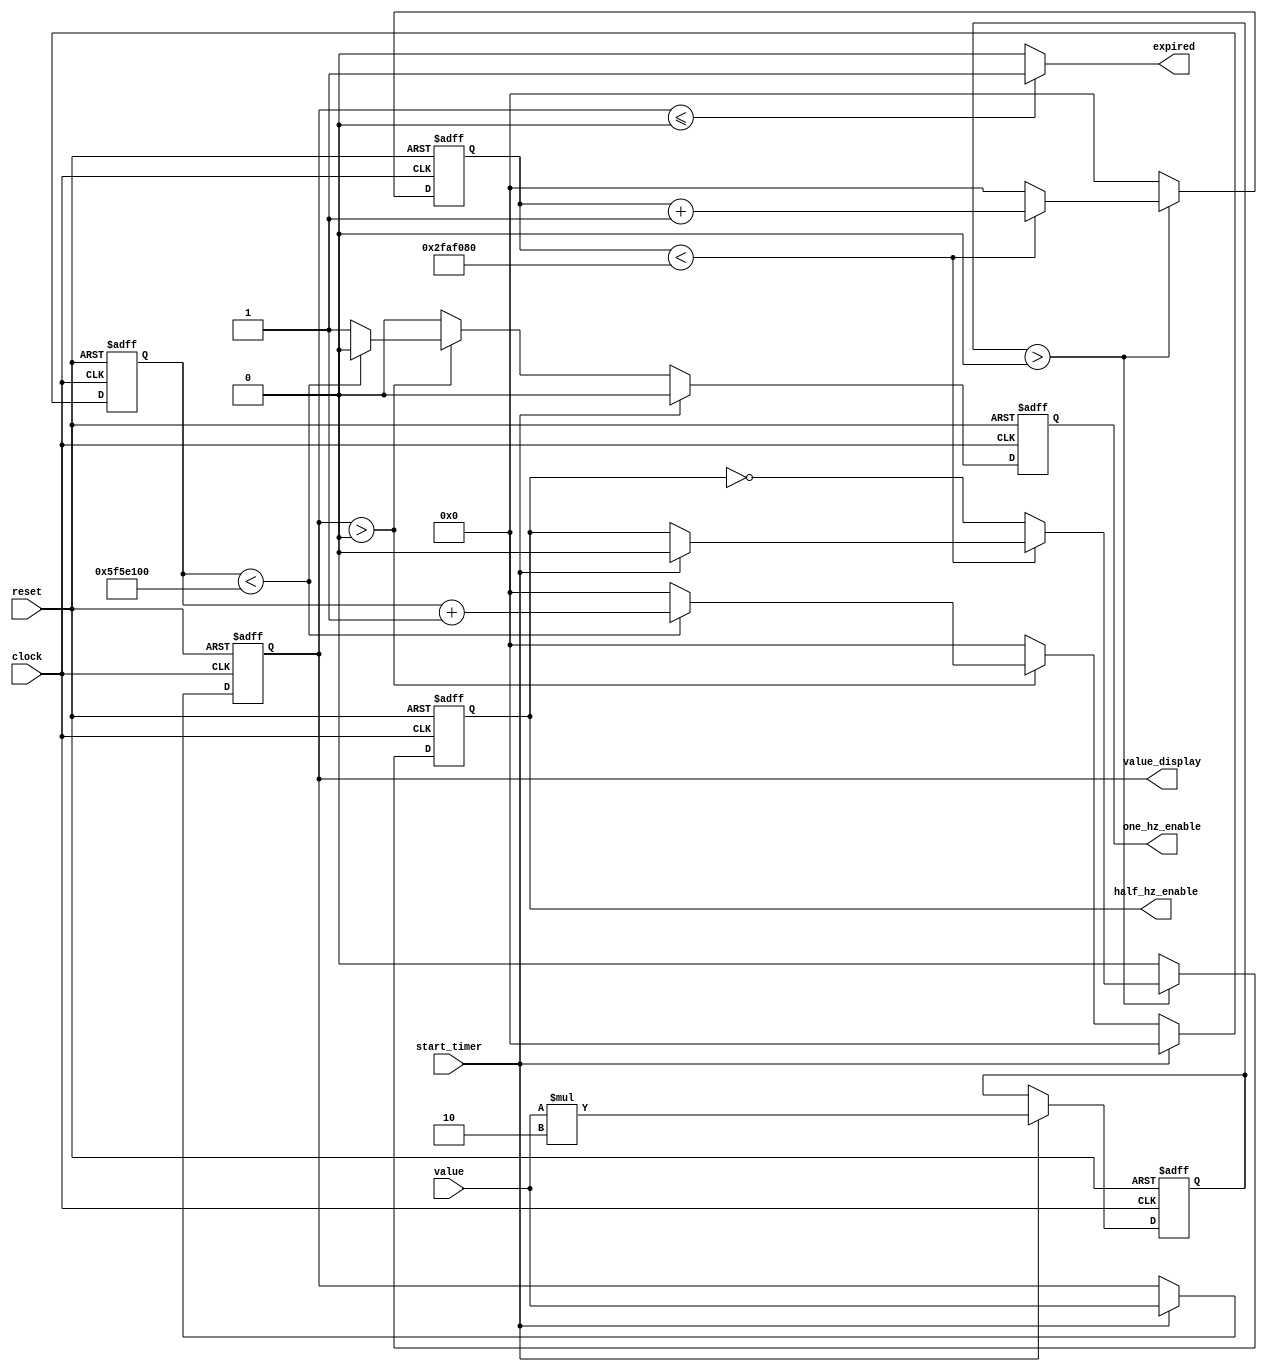
//---------------------------------
//--                             --
//--          N O T E S          --
//--                             --
//---------------------------------
//--
//---------------------------------

//---------------------------------
//--                             --
//--       D E F I N E S         --
//--                             --
//---------------------------------

//---------------------------------
//--                             --
//--         M O D U L E         --
//--                             --
//---------------------------------

module timer(
    input clock,
    input reset,
    input [3:0] value,          //Valor BIN que  equivalente a segundos
    input start_timer,
    output expired,             //Retorna para o sistema principal
    output one_hz_enable,       //Retorna para o sistema principal
    output half_hz_enable,       //Utilizado na Sirene como Input

    output [3:0] value_display   //Utilizado para mostrar no Display o Valor
);

//---------------------------------
//--                             --
//--     R E G I S T E R S       --
//--                             --
//---------------------------------

reg [30:0] t;       //Timer to later convert to Second
reg [30:0] t2;      //Timer for Half Hertz Enable

reg ohze;           //One Hz Enable
reg hhze;           //Two Hz Enable

reg [3:0] contador_interno;        //Contador Interno
reg [4:0] contador_interno_dobro;  //Contador Secundrio para Meio Segundo  

//---------------------------------
//--                             --
//--           D U T s           --
//--                             --
//---------------------------------

//---------------------------------
//--                             --
//--        P R O C E S S        --
//--                             --
//---------------------------------

//Always responsvel pela reduo dos ciclos do T e tambm da inicializao
always @(posedge clock, posedge reset)
begin
    if(reset) begin
        t <= 30'b0;
        t2 <= 30'b0;
        contador_interno <= 4'b0;
        contador_interno_dobro <= 5'b0;
        ohze <= 0;
        hhze <= 0;
    end else begin
        if(start_timer) begin
            t <= 0;
            t2 <= 0;
            contador_interno <= value;
            contador_interno_dobro <= value * 2;
            ohze <= 0;
            hhze <= 0;
        end else 
        begin
            if(contador_interno > 0) begin 
                if(t < 100_000_000) begin  
                    t <= t + 1;
                    ohze <= 0;
                end else begin             
                    t <= 0;
                    ohze <= 1;
                end                        
            end else begin
                t <= 0;
                ohze <= 0;
            end
        end

        begin
            if(contador_interno_dobro > 0) begin
                if(t2 < 50_000_000) begin
                    t2 <= t2 + 1;
                end else begin
                    t2 <= 0;
                    hhze <= ! hhze;
                end
            end else begin
                t2 <= 0;
                hhze <= 0;
            end
        end
    end
end

//---------------------------------
//--                             --
//--       A S S I G N s         --
//--                             --
//---------------------------------

assign value_display = contador_interno;
assign expired = (contador_interno <= 0)? 1 : 0;
assign one_hz_enable = ohze;
assign half_hz_enable = hhze;

endmodule